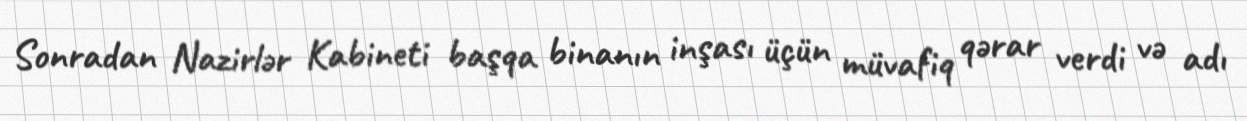
Sonradan Nazirlər Kabineti başqa binanın inşası üçün müvafiq qərar verdi və adı